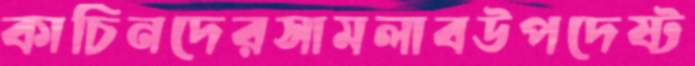
কাচিনদেরসামলাবউপদেষ্ট